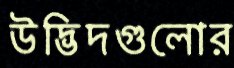
উদ্ভিদগুলোর